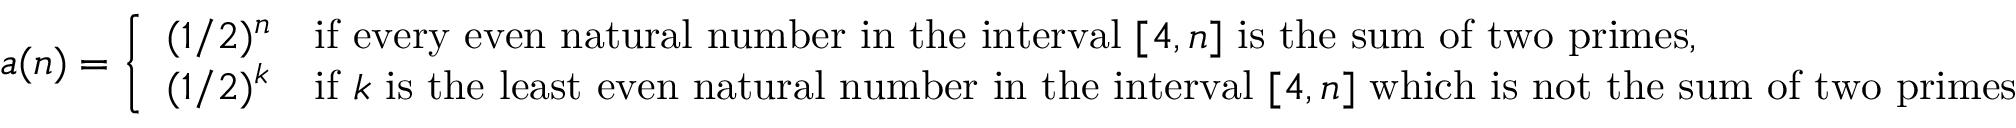
a ( n ) = { \left\{ \begin{array} { l l } { ( 1 / 2 ) ^ { n } } & { { \mathrm { i f ~ e v e r y ~ e v e n ~ n a t u r a l ~ n u m b e r ~ i n ~ t h e ~ i n t e r v a l ~ } } [ 4 , n ] { \mathrm { ~ i s ~ t h e ~ s u m ~ o f ~ t w o ~ p r i m e s } } , } \\ { ( 1 / 2 ) ^ { k } } & { { \mathrm { i f ~ } } k { \mathrm { ~ i s ~ t h e ~ l e a s t ~ e v e n ~ n a t u r a l ~ n u m b e r ~ i n ~ t h e ~ i n t e r v a l ~ } } [ 4 , n ] { \mathrm { ~ w h i c h ~ i s ~ n o t ~ t h e ~ s u m ~ o f ~ t w o ~ p r i m e s } } } \end{array} \right. }